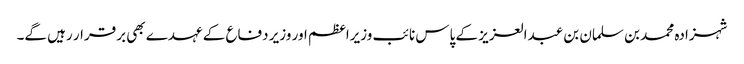
شہزادہ محمد بن سلمان بن عبدالعزیز کے پاس نائب وزیراعظم اور وزیر دفاع کے عہدے بھی برقرار رہیں گے۔